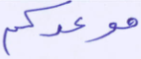
موعدكم